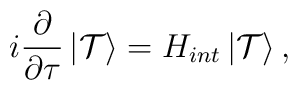
i\frac{\partial}{\partial\tau}\left|{\cal T}\right>=H_{int}\left|{\cal T}\right>,